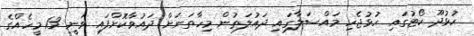
ހުޅުދޫ ކޯޓުގައި ހުޅުޖެހި މައްސަލާގައި ދައުލަތުން މިހާތަނަށް ދައުވާކޮށްފައި ވަނީ 13 މީހެއްގެ